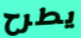
يطرح